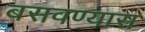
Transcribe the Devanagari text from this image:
बसवण्‍यास